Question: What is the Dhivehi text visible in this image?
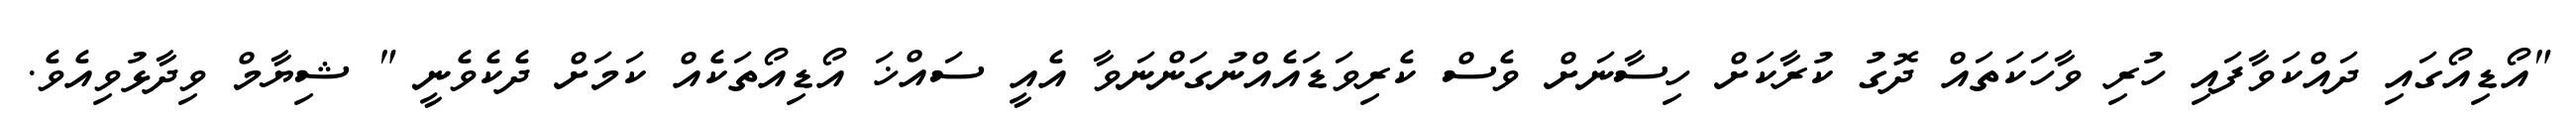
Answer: "އޯޑިއޯގައި ދައްކަވާފައި ހުރި ވާހަކަތައް ދޮގު ކުރާކަށް ހިސާނަށް ވެސް ކެރިވަޑައެއްނުގަންނަވާ އެއީ ސައްޚަ އޯޑިއޯތަކެއް ކަމަށް ދެކެވެނީ " ޝިޔާމް ވިދާޅުވިއެވެ.